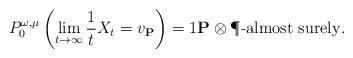
LaTeX: \begin{align*}P^{\omega,\mu}_0\left(\lim_{t\to\infty}\frac{1}{t}X_t=v_{\mathbf{P}}\right)=1\mathbf{P}\otimes \P\textrm{-almost surely}.\end{align*}